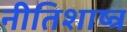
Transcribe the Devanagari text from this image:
नीतिशाष्त्र